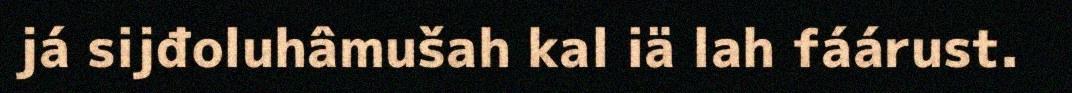
já sijđoluhâmušah kal iä lah fáárust.